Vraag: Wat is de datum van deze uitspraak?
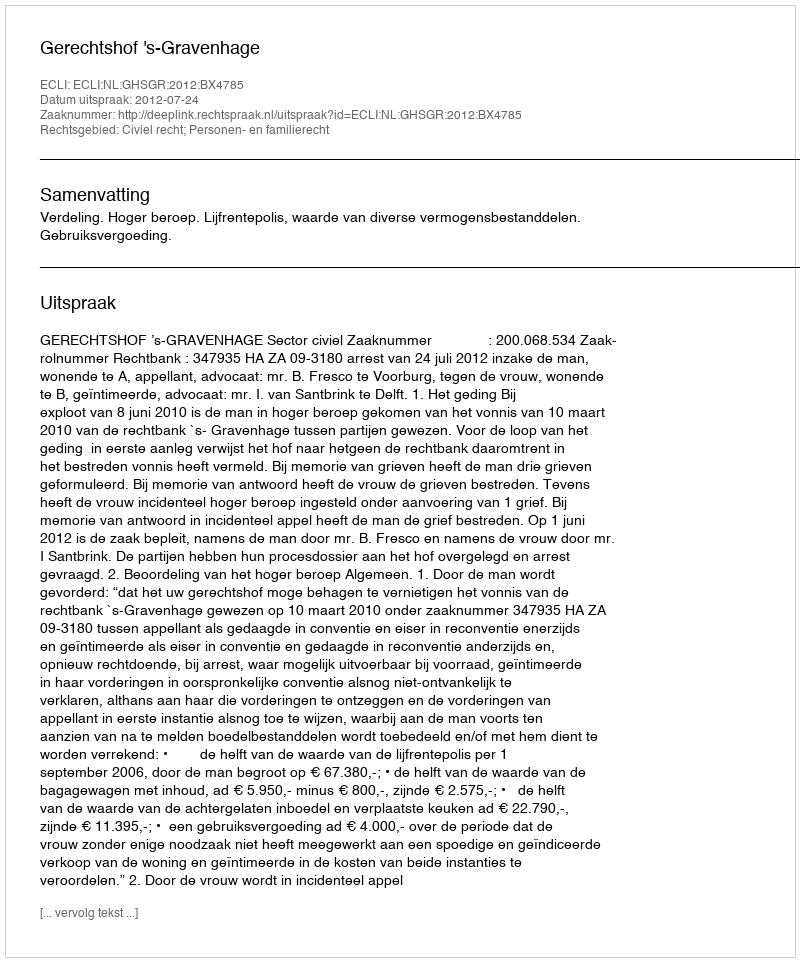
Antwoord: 2012-07-24